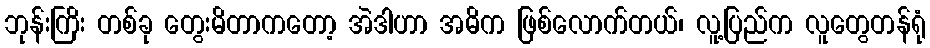
ဘုန်းကြိး တစ်ခု တွေးမိတာကတော့ အဲဒါဟာ အဓိက ဖြစ်လောက်တယ်၊ လူ့ပြည်က လူတွေတန်ရုံ